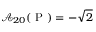
\mathcal { A } _ { 2 0 } ( \mathrm { ~ P ~ } ) = - \sqrt { 2 }